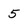
Character: 5